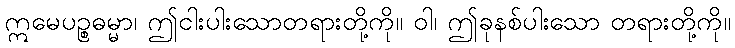
ဣမေပဉ္စဓမ္မာ၊ ဤငါးပါးသောတရားတို့ကို။ ဝါ၊ ဤခုနစ်ပါးသော တရားတို့ကို။